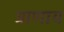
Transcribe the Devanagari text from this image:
त्राणाय